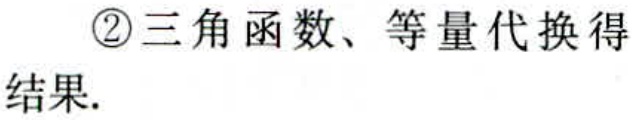
\textcircled{2}三角函数、等量代换得结果.